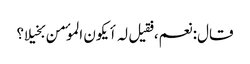
قال: نعم، فقیل لہ أیکون الموٴمن بخیلا؟